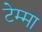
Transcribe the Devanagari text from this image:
टेम्मा